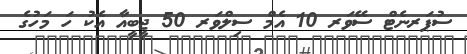
ސުޕަރނެޓް ސޭވަރ 10 އެމް ސިލްވަރ 50 ޖީބީއާ އެކު ހަ މަހުގެ